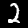
Label: 2